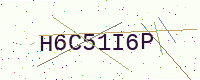
Text: H6C51I6P